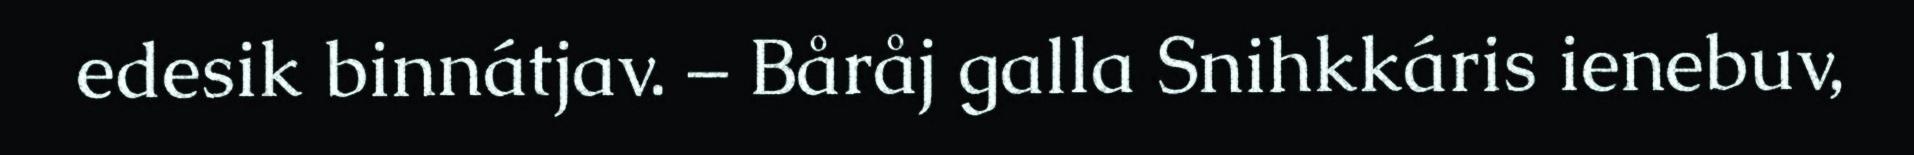
edesik binnátjav. – Båråj galla Snihkkáris ienebuv,